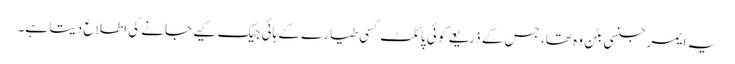
یہ ایمرجنسی بٹن وہ تھا، جس کے ذریعے کوئی پائلٹ کسی طیارے کے ہائی جیک کیے جانے کی اطلاع دیتا ہے۔